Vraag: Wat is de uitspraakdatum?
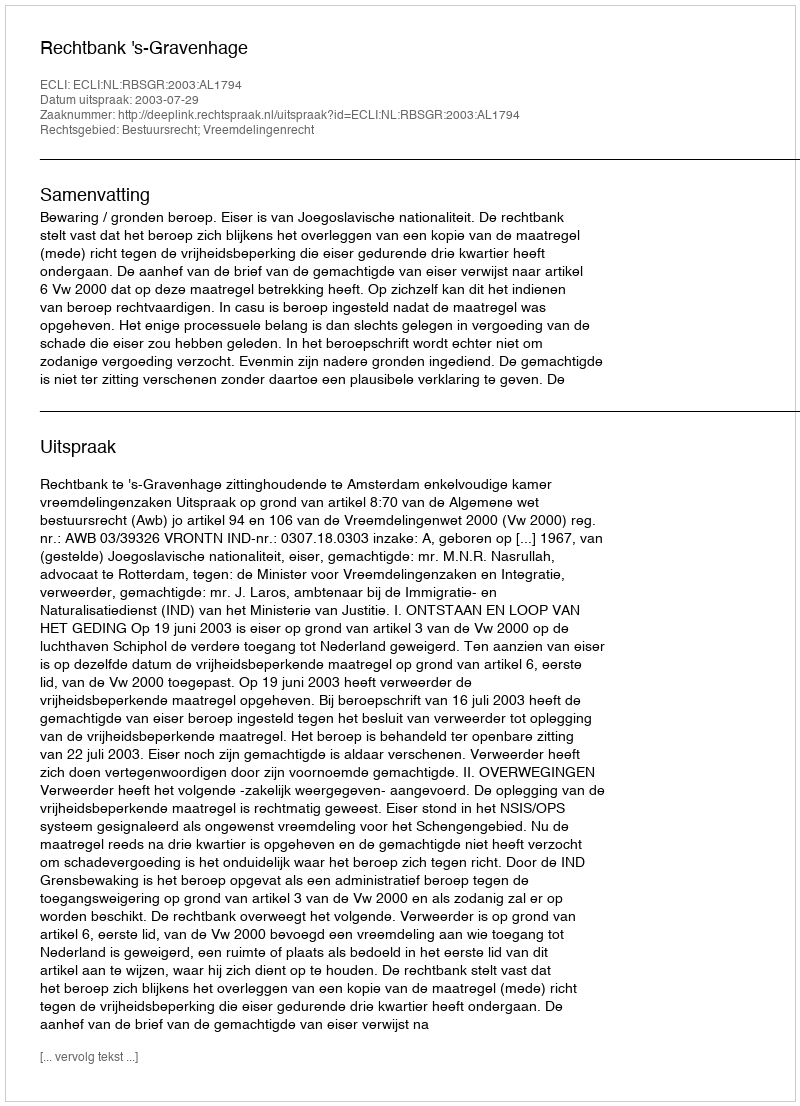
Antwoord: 2003-07-29